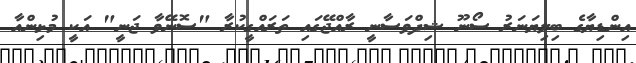
އިންޑިޔާގެ ބިލިޔަނަރު ސޯނޫ ޝިދްވަސާނީ ރާއްޖޭގައި ތަރައްގީކުރާ "ސޮނޭވާ ޖަނީ" އަކީ މުޅިންއާ